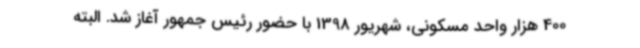
400 هزار واحد مسکونی، شهریور 1398 با حضور رئیس جمهور آغاز شد. البته